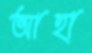
আহা